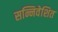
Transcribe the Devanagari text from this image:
सन्निवेशित